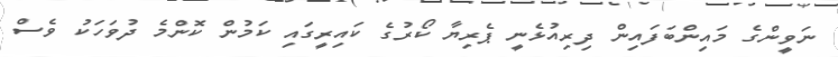
ނަވީންގެ މައިންބަފައިން ދިރިއުޅެނީ ޕެރިޔާ ކޯރުގެ ކައިރީގައި ކަމުން ކޮންމެ ދުވަހަކު ވެސް